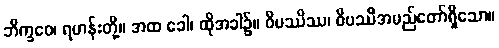
ဘိက္ခဝေ၊ ရဟန်းတို့။ အထ ခေါ၊ ထိုအခါ၌။ ဝိပဿိဿ၊ ဝိပဿီအမည်တော်ရှိသော။